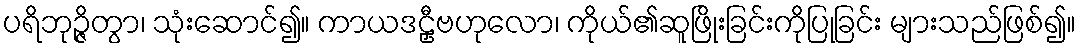
ပရိဘုဉ္ဇိတွာ၊ သုံးဆောင်၍။ ကာယဒဠှီဗဟုလော၊ ကိုယ်၏ဆူဖြိုးခြင်းကိုပြုခြင်း များသည်ဖြစ်၍။